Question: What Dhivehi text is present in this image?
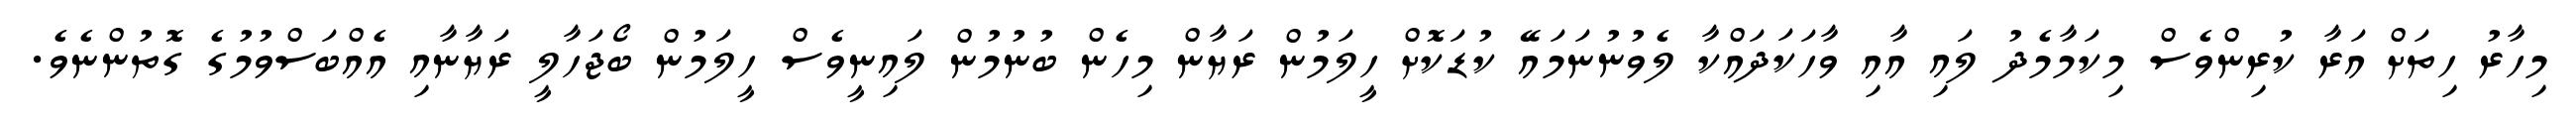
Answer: މިހާރު ހިތަށް އަރާ ކުރިންވެސް މިކަމާމެދު ލައި އާއި ވާހަކަދައްކާ ލެވުނުނަމައޭ ކުޑަކޮށް ހީލަމުން ރަޔާން މިހެން ބުނުމުން ލައިނީވެސް ހީލަމުން ބޯޖަހާލީ ރަޔާނާއި އެއްބަސްވުމުގެ ގޮތުންނެވެ.